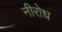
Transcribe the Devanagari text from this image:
नीरोध